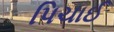
પિચાઈ